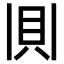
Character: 𫎎